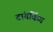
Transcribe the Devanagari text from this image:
टांगकिंग